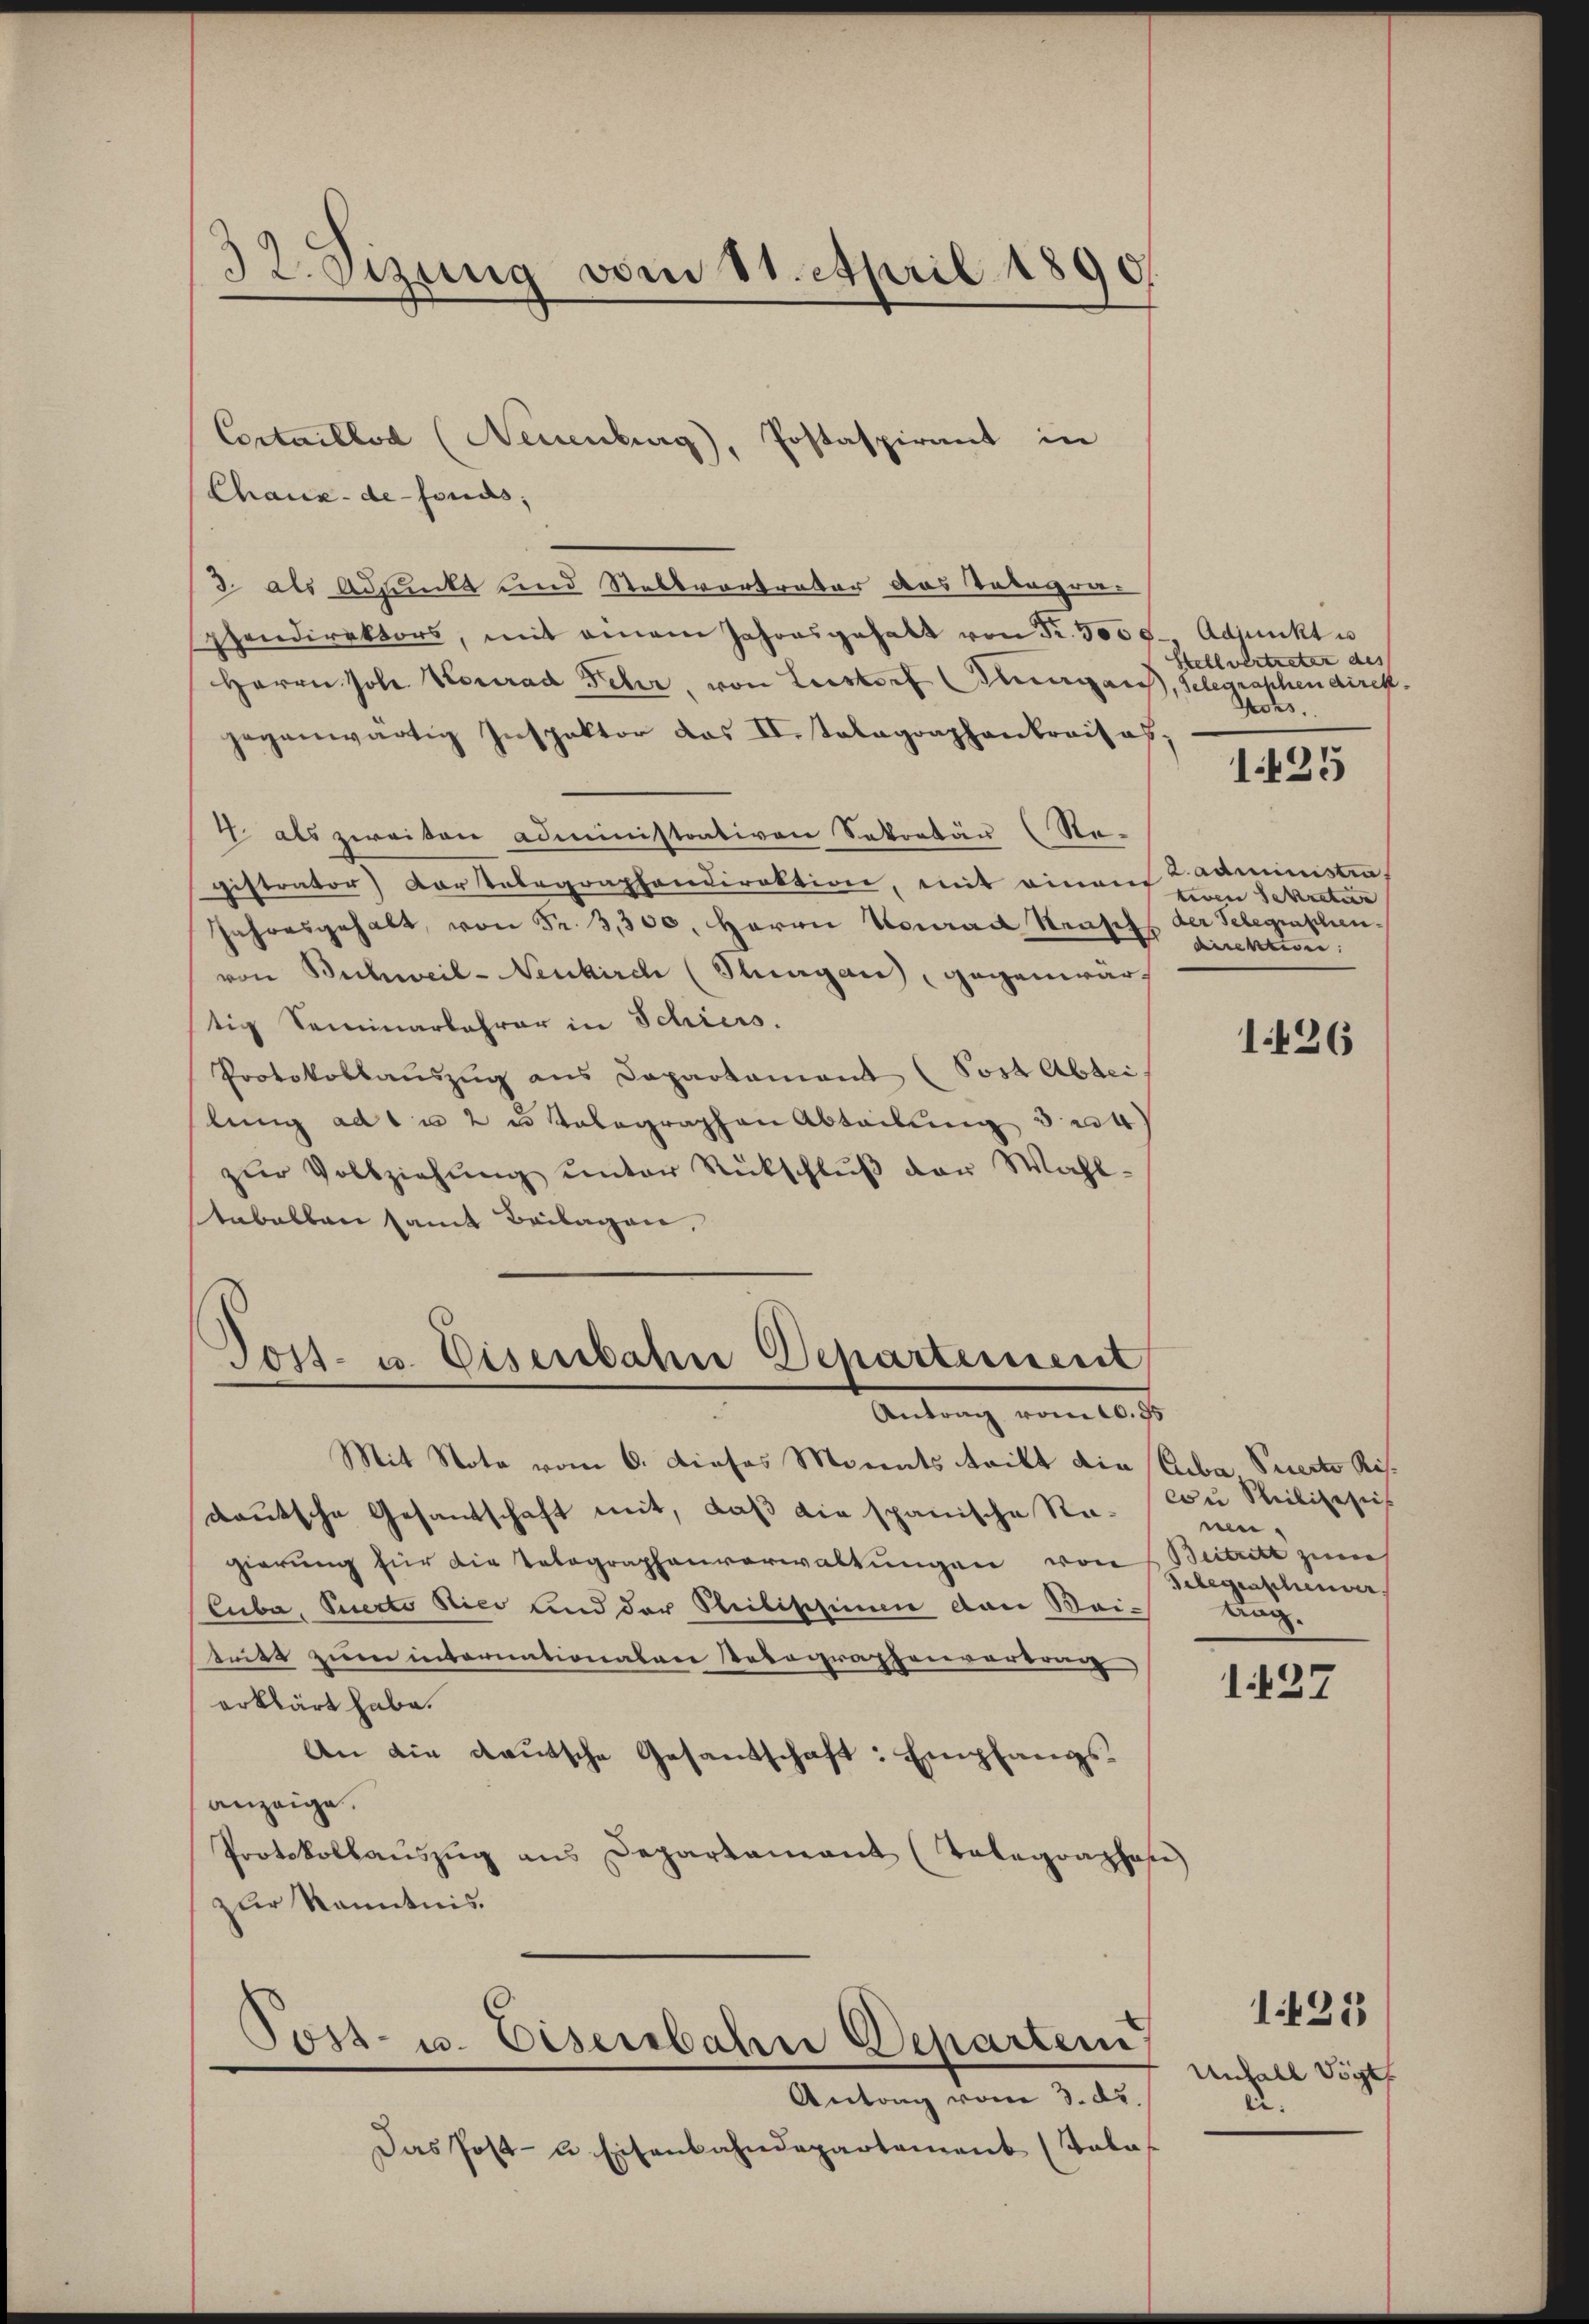
32. Sizung vom 11. April 1890.

Chaux-de-Fonds,
3 als Adjunkt und Stellvortreter das Votagrapendirektors, mit einem Jahresgehalt von Fr. 5000, Adjunkt u
Herrn Joh. Konrad Fehr, von Leistorf ergan
gegenwärtig Inspektor das II. Talagraphenkrais ab;
4. als zweiten Administrativen Sekretär (Re-
gistrator) Kartelegraphendirektion, mit einauf
Jahresgehalt, von Fr. 3,300. Herrn Conrad Senf einkun
von Buchweil-Neukirch (Rungau, gegenwärtig Seminarlehrer in Schiess.
Protokollauszug aus Dapartament (Post Abtei
lung ad 1. 2 u telegraphen Abteilung 34
zŭr Vollziehŭng ŭnter Rückschlŭβ der Wahl-
tabalten samt Beilagen,

Cortaillod (Neuenburg), Postaspirant in

Post- u. Eisenbahn Departement
Antrag vom 10. d.

Mit Note vom 6. Dieses Morents tritt die Geba Suerte Ris.
deutsche Gesandschaft mit, daß die spanische Ragierung für die Telegraphenverwaltungen von
luba, Suecto dici und der Steilischinen dan Mai-
tritt zum internationalen Potographenvertrag
erklärt habe.
An die deutsche Gesandschaft: Empfangsanzeige.
Protokollaŭszŭg ans Departamant (Telegraphof
zur Kenntnis.
Post- u. Eisenbahne Departem
Antrag vom 3. d.
Das Post- u. Eisenbahndepartement (Tala

Stellvertreten des
), Gelegraphen direk
Johs.

1435

Zadministra
tiven Sekretir
der Telegraschen

1426

cu Seiligenies
nen.
Beitritt zur
Gelegenschenver
Aug.

127

Unfall Vögt
ei.

1425